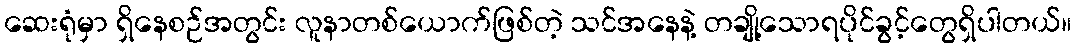
ဆေးရုံမှာ ရှိနေစဉ်အတွင်း လူနာတစ်ယောက်ဖြစ်တဲ့ သင်အနေနဲ့ တချို့သောရပိုင်ခွင့်တွေရှိပါတယ်။